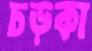
চড়কা